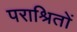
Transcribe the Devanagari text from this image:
पराश्रितों